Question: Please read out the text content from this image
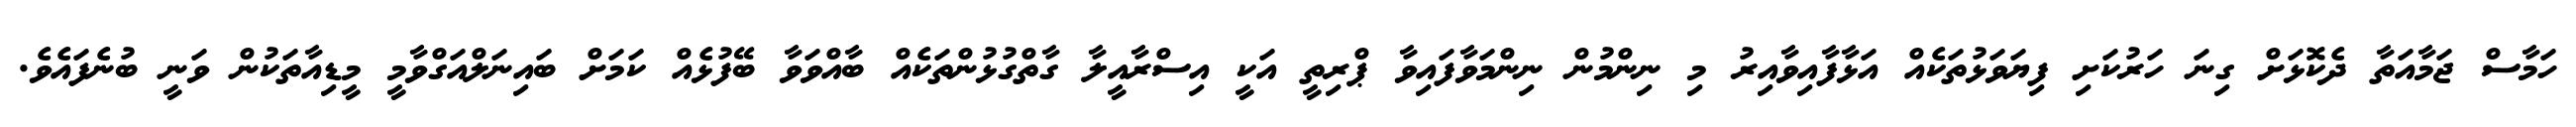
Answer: ހަމާސް ޖަމާއަތާ ދެކޮޅަށް ގިނަ ހަރުކަށި ފިޔަވަޅުތަކެއް އަޅާފާއިވާއިރު މި ނިންމުން ނިންމަވާފައިވާ ޕްރިތީ އަކީ އިސްރާއީލާ ގާތްގުޅުންތަކެއް ބާއްވަވާ ބޭފުޅެއް ކަމަށް ބައިނަލްއަގްވާމީ މީޑިއާތަކުން ވަނީ ބުނެފައެވެ.